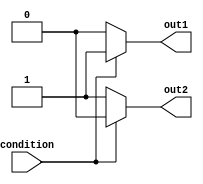
module conditional_behavioral_modeling_block (
    input wire condition,
    output reg out1,
    output reg out2
);

initial begin
    if (condition) begin
        out1 = 1;
        out2 = 0;
    end else begin
        out1 = 0;
        out2 = 1;
    end
end

endmodule